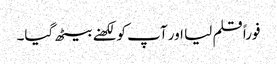
فوراً قلم لیا اور آپ کو لکھنے بیٹھ گیا۔